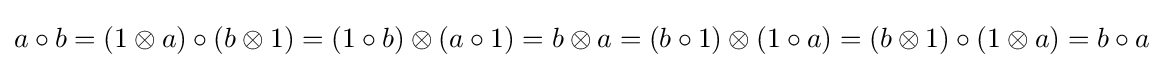
a\circ b=(1\otimes a)\circ (b\otimes 1)=(1\circ b)\otimes (a\circ 1)=b\otimes a=(b\circ 1)\otimes (1\circ a)=(b\otimes 1)\circ (1\otimes a)=b\circ a